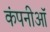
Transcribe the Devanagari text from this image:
कंपनीऑ